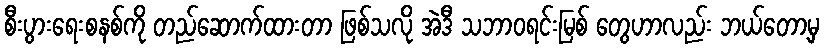
စီးပွားရေးစနစ်ကို တည်ဆောက်ထားတာ ဖြစ်သလို အဲဒီ သဘာဝရင်းမြစ် တွေဟာလည်း ဘယ်တော့မှ